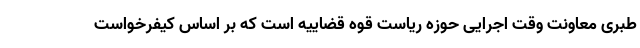
طبری معاونت وقت اجرایی حوزه ریاست قوه قضاییه است که بر اساس کیفرخواست